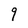
Character: 9